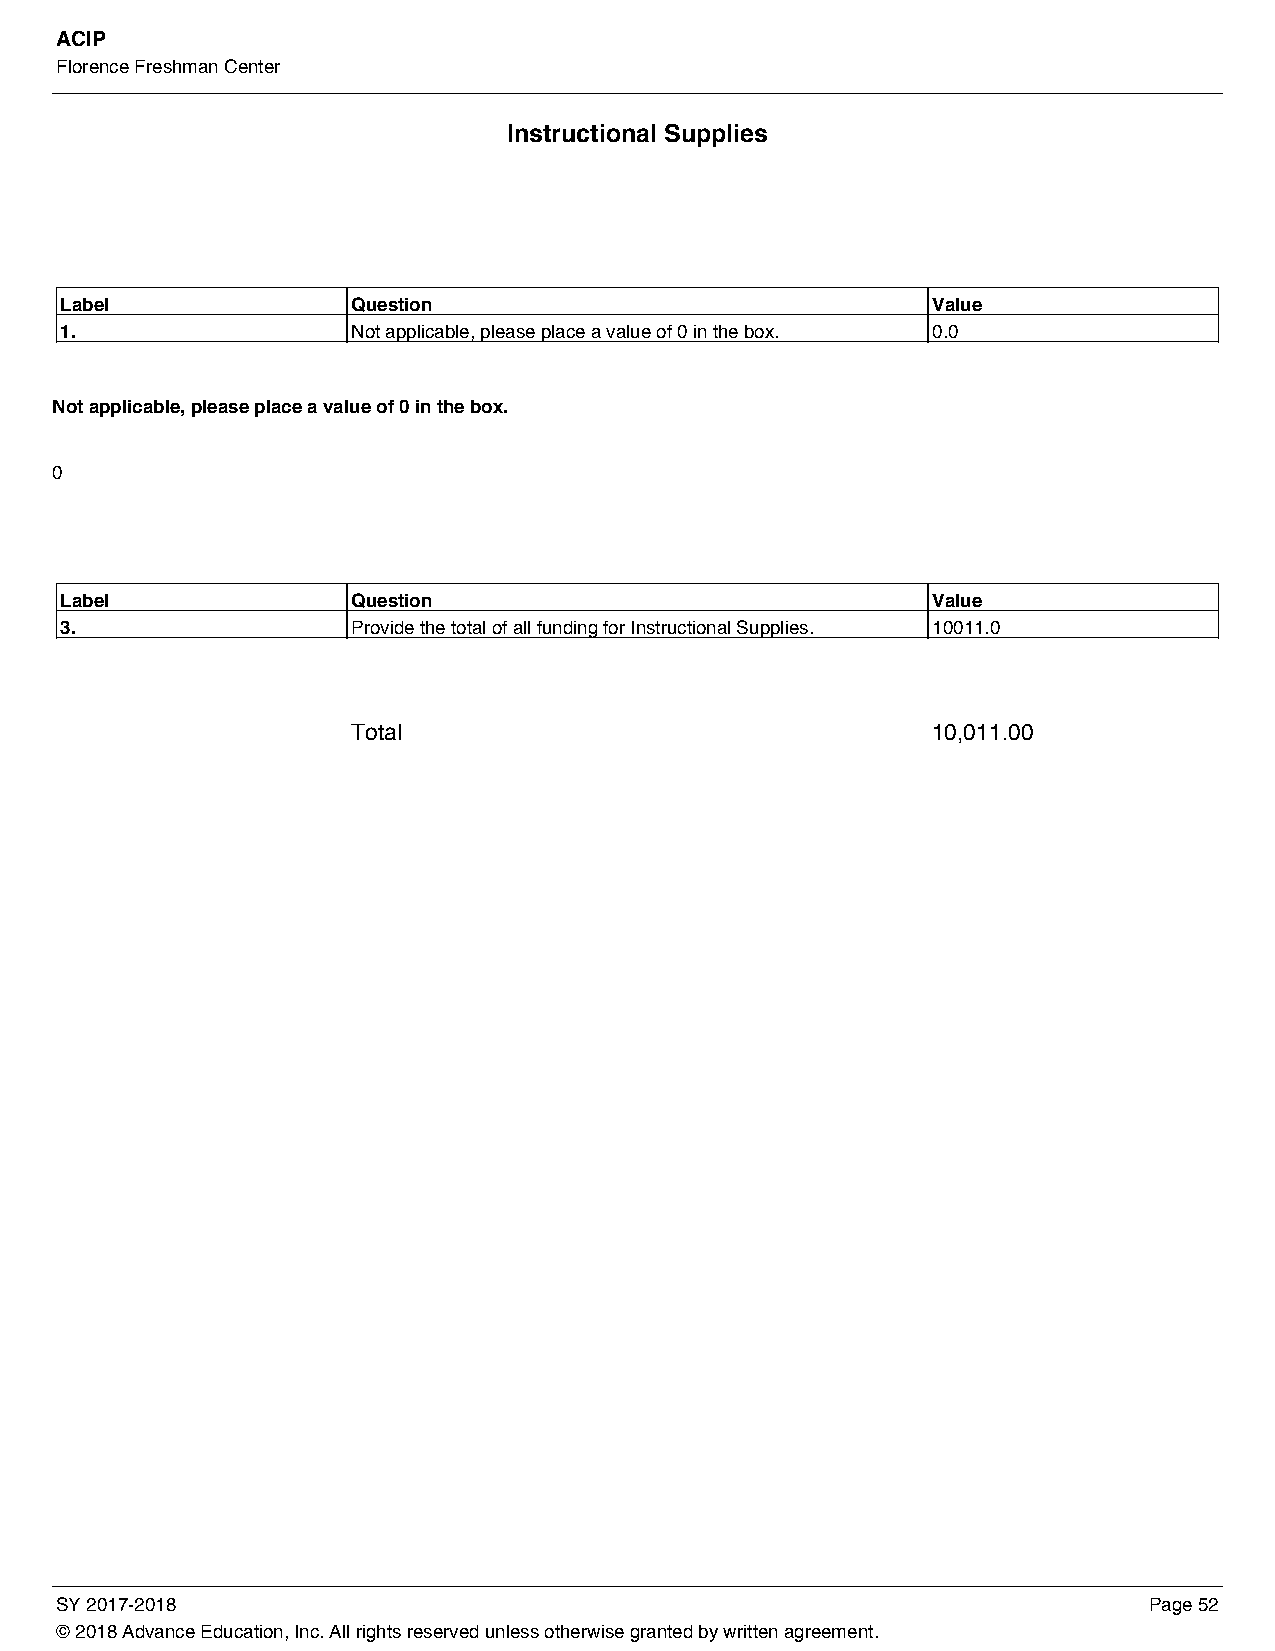
ACIP
 Florence Freshman Center
 Instructional Supplies
 Label              Question                               Value
 1.                 Not applicable, please place a value of 0 in the box. 0.0
 Not applicable, please place a value of 0 in the box.
 0
 Label              Question                               Value
 3.                 Provide the total of all funding for Instructional Supplies. 10011.0
 Total                                  10,011.00
 SY 2017-2018                                                            Page 52
 © 2018 Advance Education, Inc. All rights reserved unless otherwise granted by written agreement.